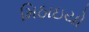
મિઠાઇયો